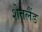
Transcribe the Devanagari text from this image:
शेतलैंड